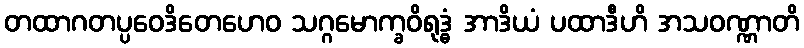
တထာဂတပ္ပဝေဒိတေဟေဝ သဂ္ဂမောက္ခဝိရုဒ္ဓံ အာဒိယံ ပထာဒီဟိ အသဝဏ္ဏာတိ